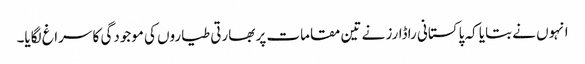
انہوں نے بتایا کہ پاکستانی راڈارز نے تین مقامات پر بھارتی طیاروں کی موجودگی کا سراغ لگایا۔